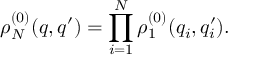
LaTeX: \rho _ { N } ^ { ( 0 ) } ( q , q ^ { \prime } ) = \prod _ { i = 1 } ^ { N } \rho _ { 1 } ^ { ( 0 ) } ( q _ { i } , q _ { i } ^ { \prime } ) .